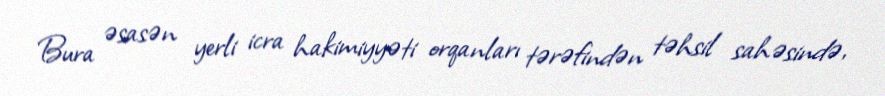
Bura əsasən yerli icra hakimiyyəti orqanları tərəfindən təhsil sahəsində,